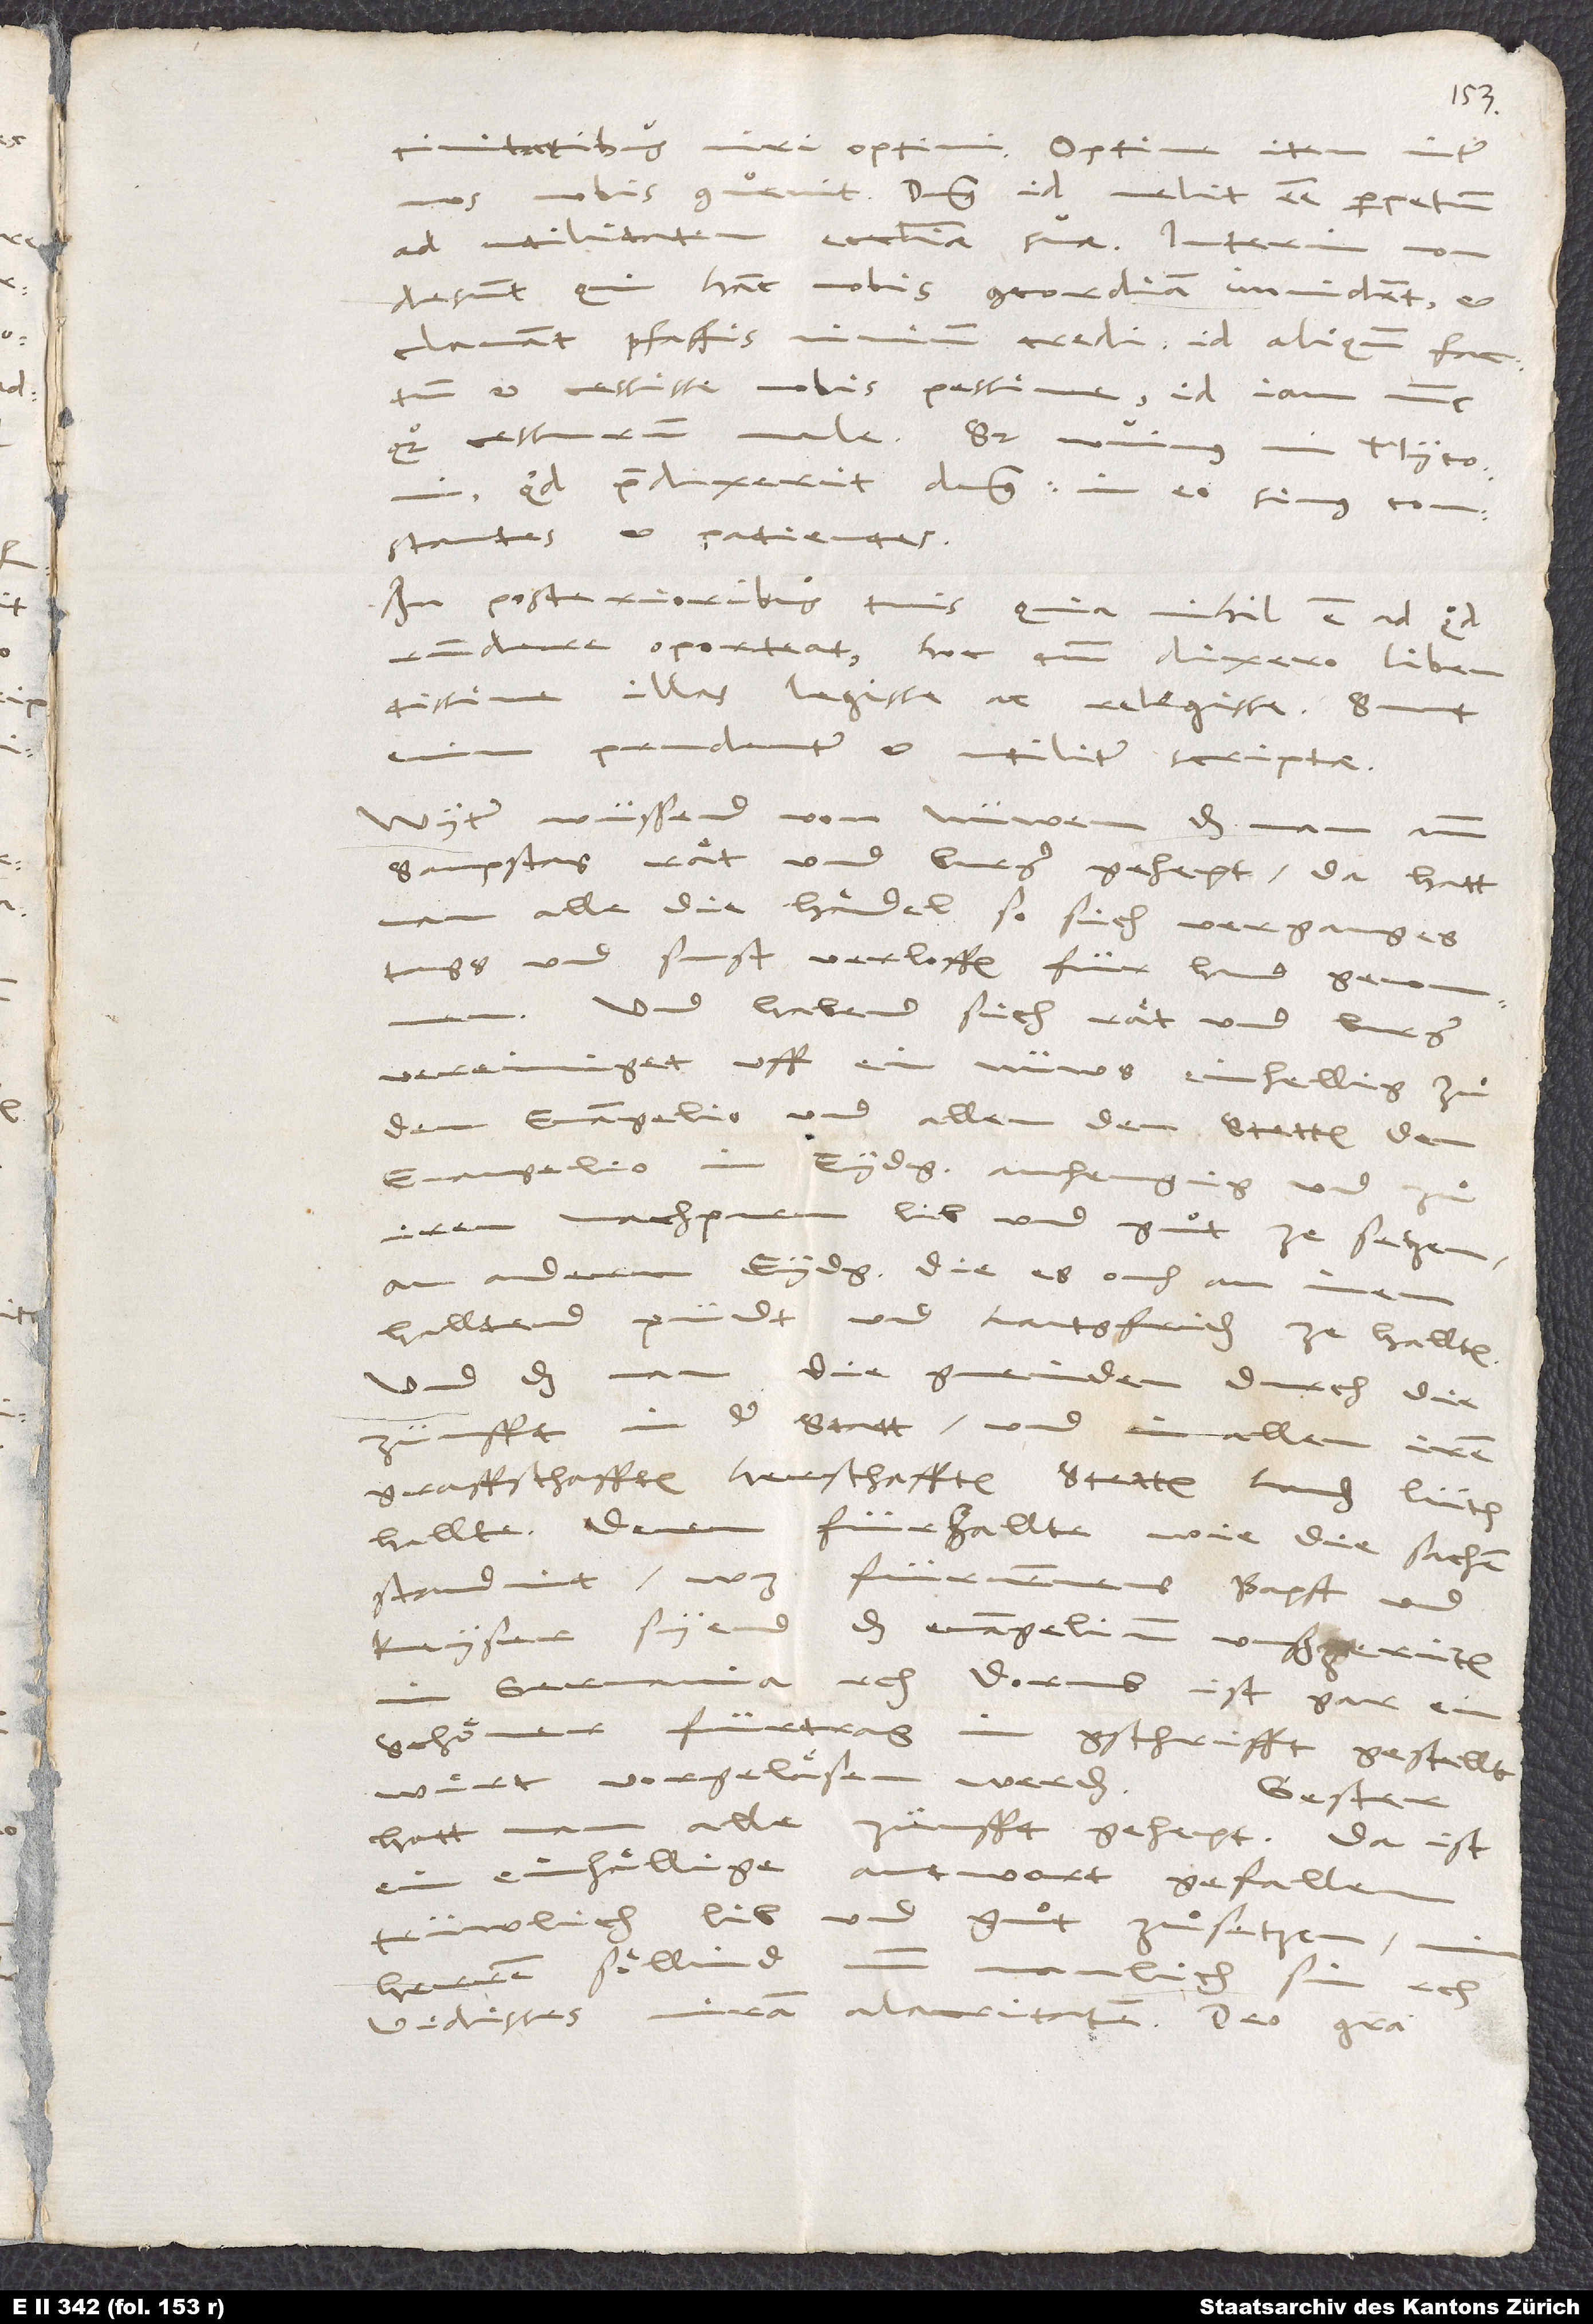
civitatibus viri optimi! Optime item inter
nobis convenit. Dominus id velit esse perpetuum
ad utilitatem ecclesiae suae! Interim non
desunt, qui hanc nobis concordiam invident et
clamant pfaffis nimium credi! Id aliquando factum
et cessisse nobis pessime; id iam nunc
quoque cessurum male. Sed novimus, mi Myconi,
quid praedixerit dominus! In eo simus constantes
In posterioribus tuis, quia nihil est, ad quod
respondere oporteat, hoc tantum dixero: libentissime
illas legisse ac relegisse. Sunt
prudenter et utiliter scriptae.
Wyter wüssend von nüwem, das man amm
sampstag raͤt und burger gehept. Da hatt
man alle die haͤndel, so sich verganges
tags und sunst verloffen, für hand genommen.
Und habend sich raͤt und burger
vereiniget uff ein nüws einhellig, zuͦ
dem evangelio und allen den stetten, dem
evangelio in Eydgnossenschaft anhengig, und zuͦ
iren nachpuren lib und guͦt ze setzen;
an andern Eydgnossen, die es ouch an inen
halltend, pündt und lantsfriden ze hallten;
und das man die gmeinden durch die
in der statt und in allen iren
zünfft
graffschafften, herschafften, stetten, landen, lüten
hallte; denen fürhallte, wie die sachen
standint, was fürnemmens bapst und
kaiser syend, das evangelium uußzeriten
in Germania, etc. Dorumb ist gar ein
schoͤner fürtrag in gschrifft gestellt.
Wuͤrt vorgelaͤsen werden.
Gester
hatt man alle zünfft gehept. Da ist
ein einhaͤllige antwort gefallen,
trüwlich lib und guͦt zuͦsetzen:
herren soͤllind nun
manlich sin, etc.
Vidisses miram alacritatem! Deo gratia!